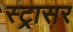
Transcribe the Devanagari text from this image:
स्ट्रासर